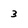
Character: 3